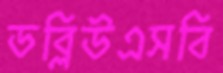
ডব্লিউএসবি